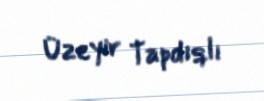
Üzeyir Tapdıqlı